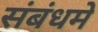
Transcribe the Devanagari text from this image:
संबंधमे